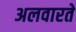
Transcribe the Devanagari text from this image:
अलवारते